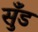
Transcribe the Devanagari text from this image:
सुँड